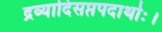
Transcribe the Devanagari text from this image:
द्रव्यादिसप्तपदार्थाः।